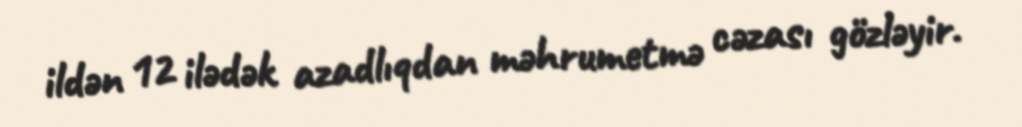
ildən 12 ilədək azadlıqdan məhrumetmə cəzası gözləyir.